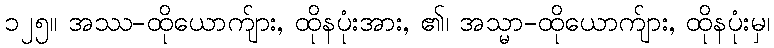
၁၂၅။ အဿ-ထိုယောက်ျား, ထိုနပုံးအား, ၏၊ အသ္မာ-ထိုယောက်ျား, ထိုနပုံးမှ၊